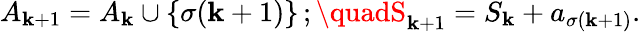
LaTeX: A_{\mathbf{k}+1}=A_{\mathbf{k}}\cup\{ \sigma(\mathbf{k}+1)\} \, ;\quadS_{\mathbf{k}+1}=S_{\mathbf{k}}+a_{\sigma(\mathbf{k}+1)}.